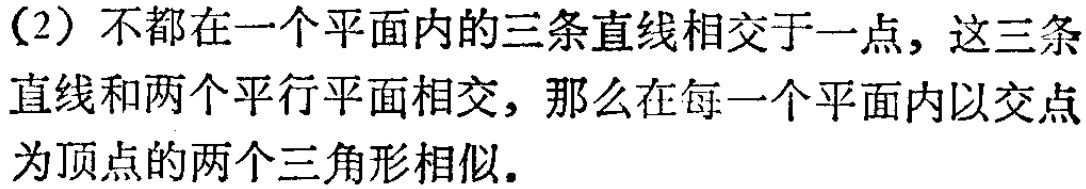
(2) 不都在一个平面内的三条直线相交于一点，这三条直线和两个平行平面相交，那么在每一个平面内以交点为顶点的两个三角形相似.